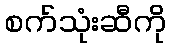
စက်သုံးဆီကို